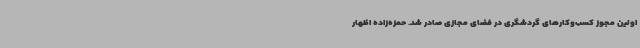
اولین مجوز کسب‌وکارهای گردشگری در فضای مجازی صادر شد. حمزه‌زاده اظهار